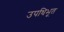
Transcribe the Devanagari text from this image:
उपधिभूत